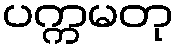
ပက္ကမတု